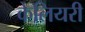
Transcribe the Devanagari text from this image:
केलियरी